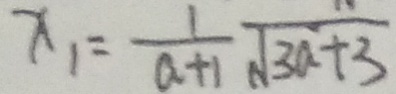
x _ { 1 } = \frac { 1 } { a + 1 } \sqrt { 3 a + 3 }